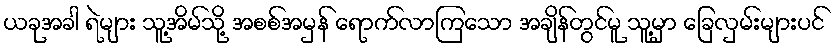
ယခုအခါ ရဲများ သူ့အိမ်သို့ အစစ်အမှန် ရောက်လာကြသော အချိန်တွင်မူ သူ့မှာ ခြေလှမ်းများပင်